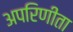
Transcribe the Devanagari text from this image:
अपरिणीता